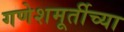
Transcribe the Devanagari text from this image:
गणेशमूर्तीच्या